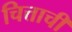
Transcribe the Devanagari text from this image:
चित्ताची